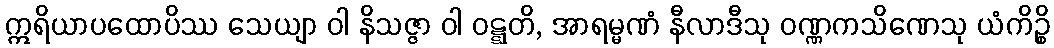
ဣရိယာပထောပိဿ သေယျာ ဝါ နိသဇ္ဇာ ဝါ ဝဋ္ဋတိ, အာရမ္မဏံ နီလာဒီသု ဝဏ္ဏကသိဏေသု ယံကိဉ္စိ